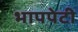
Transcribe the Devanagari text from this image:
भापपेटी